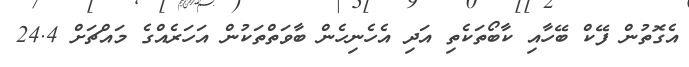
އެގޮތުން ފޭކް ބޭހާއި ކާބޯތަކެތި އަދި އެހެނިހެން ބާވަތްތަކުން އަހަރެއްގެ މައްޗަށް 24.4